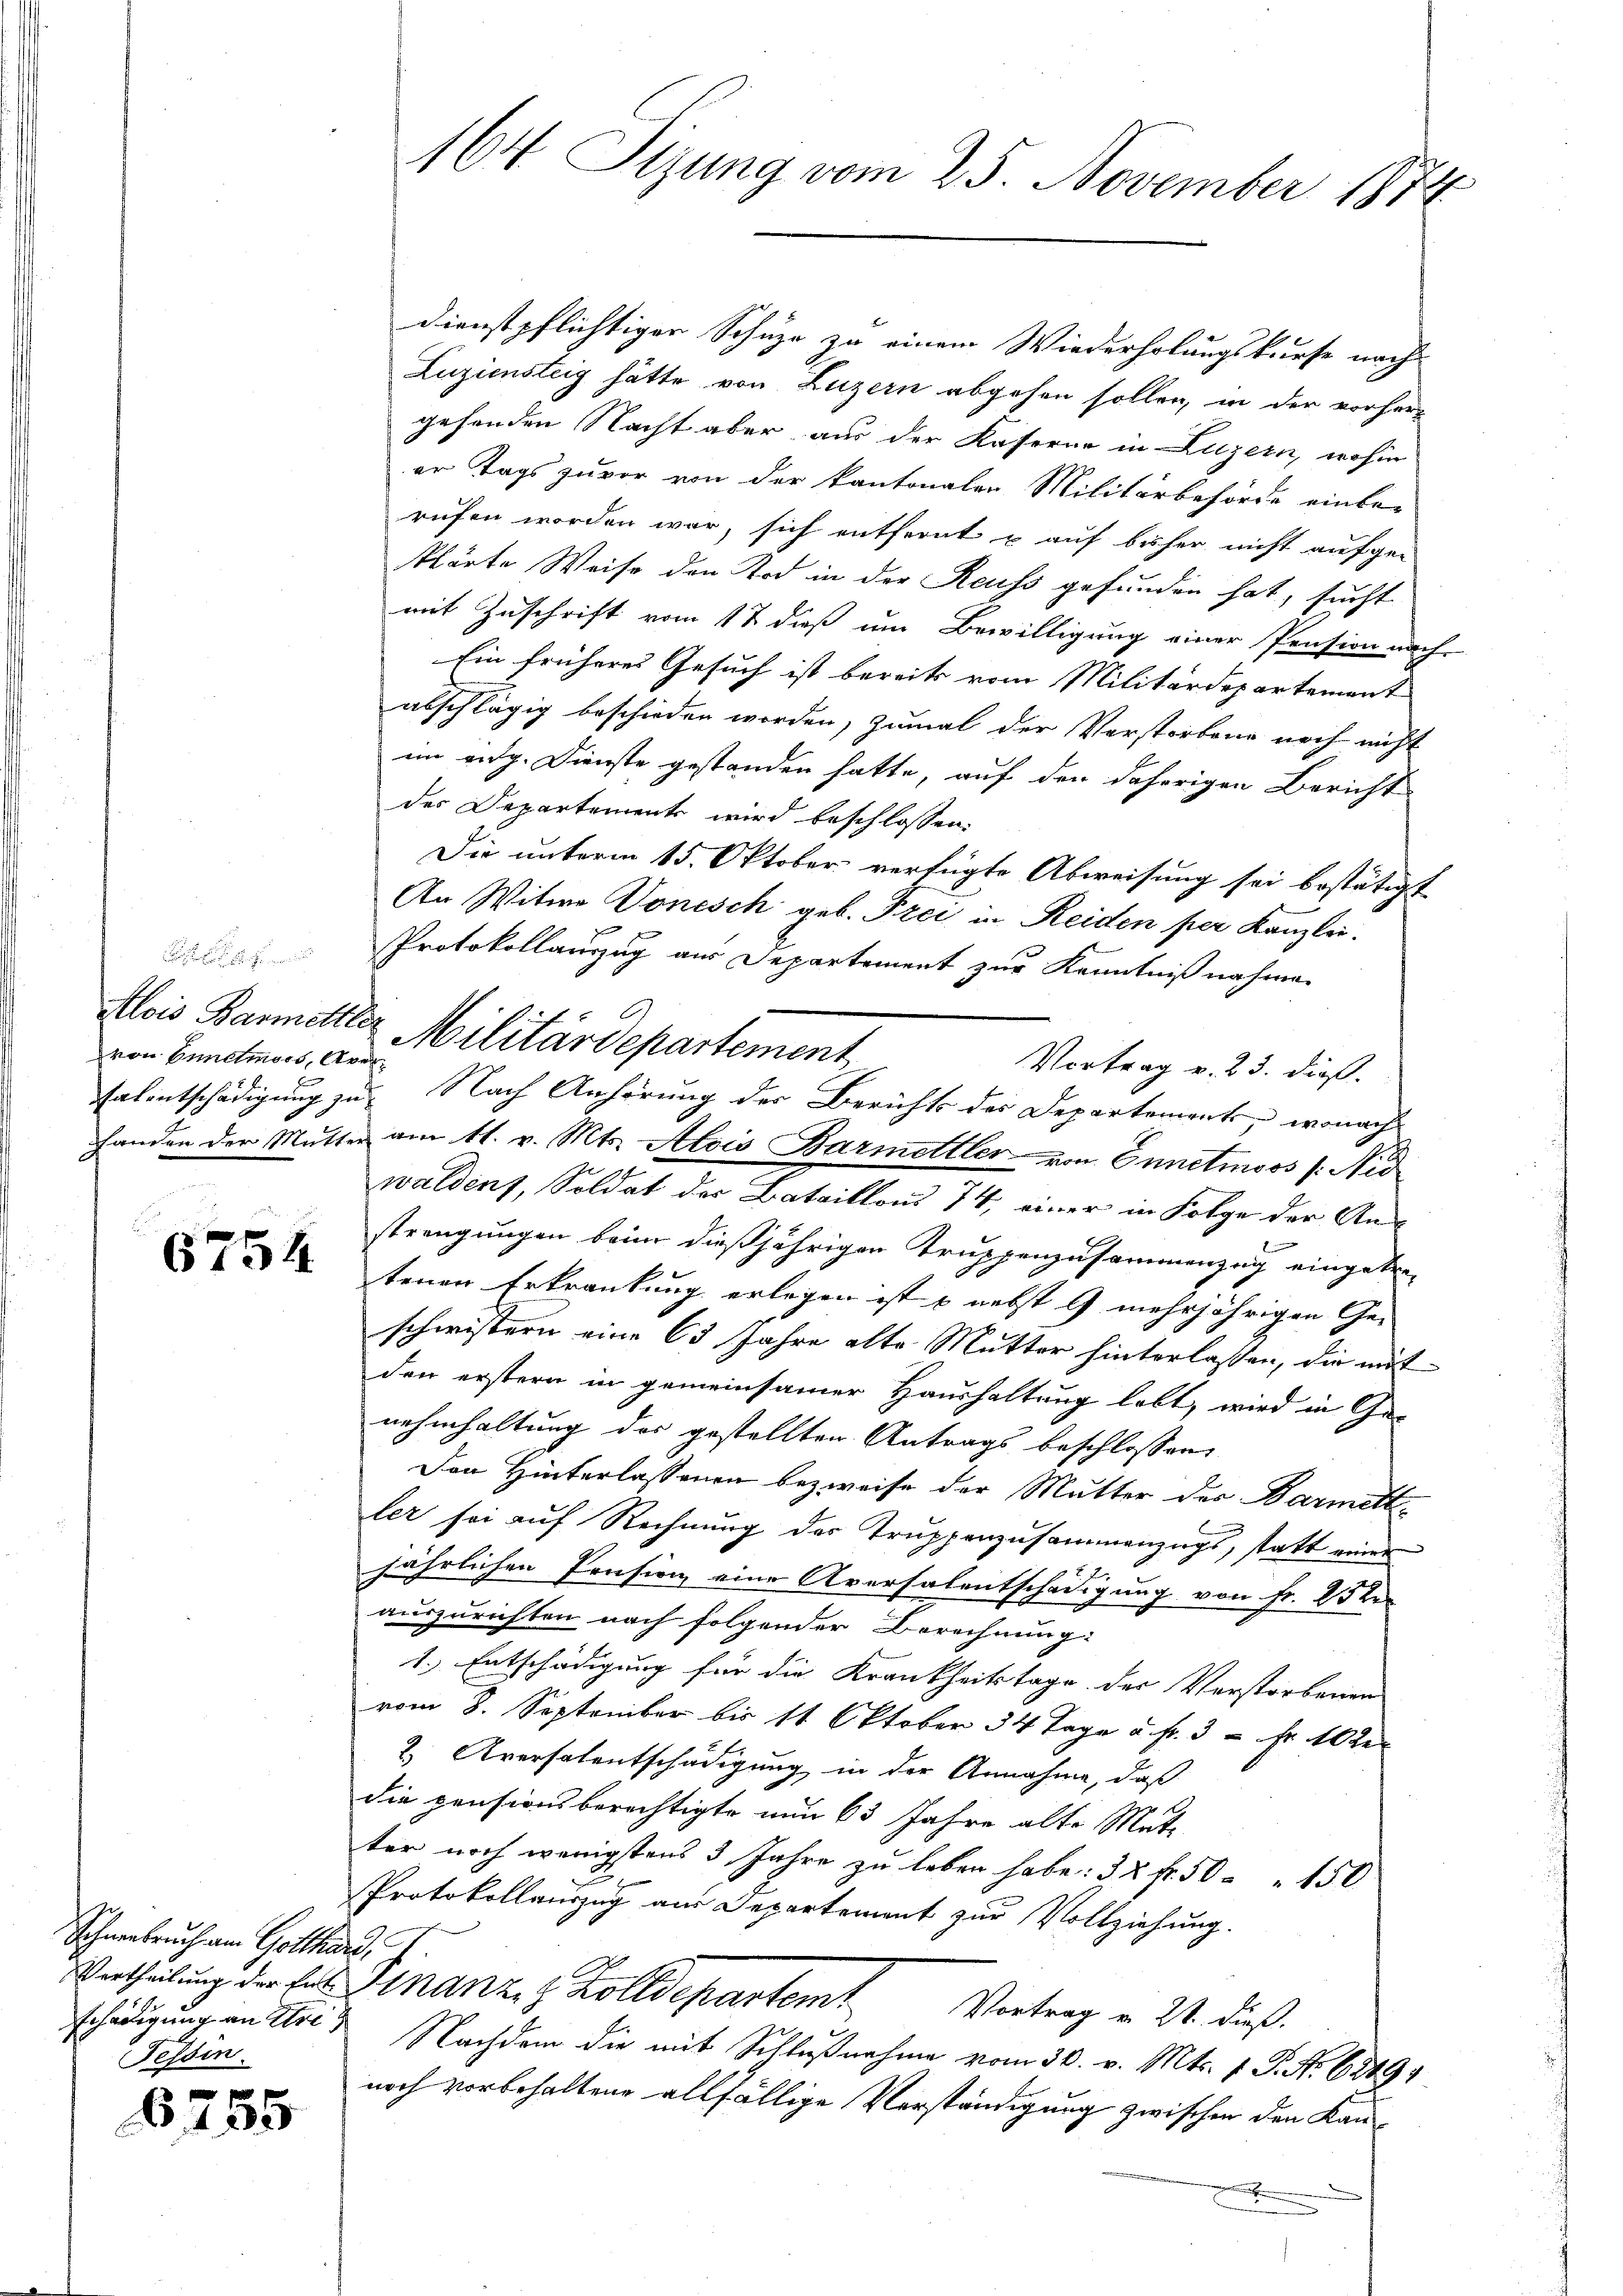
von Ennetmoos, Aver¬

6754

Schneebruch am Gotthar
Vertheilung der Entschädigung an Stre
Tessin.

6755

164. Sizung vom 25. November 1874

dienstpflichtiger Schuze zu einem Wiederholungskurse nach
Luziensteig hätte von Luzern abgehen sollen, in der vorherz
gehenden Nacht aber aus der Kaserne in Luzern, wohin
er Tags zuvor von der kantonalen Militärbehörde einbe-
rufen worden war, sich entfernt u auf beher nicht aufge-
klärte Weise den Tod in der Reuss gefunden hat, sucht
mit Zuschrift vom 12 dieß um Bewilligung einer Pension nach
Ein früheres Gesuch ist bereits vom Militärdepartement
abschlägig beschieden worden, zumal der Verstorbene noch nicht
im eidg. Dienste gestanden hatte, auf den daherigen Bericht
der Departements wird beschlossen:
Die unterm 15. Oktober verfügte Abweisung sei bestätigt
An Witwe Donesch geb. Frei in Reiden per Kanzlei.
Protokollauszug aus Departement zur Kenntnißnahme
Vortrag v. 23. dieß.
Talentschädigung zu Nach Anhörung der Berichts des Departement, wonach
handen der Mutter am 11. v. Mts. Alois Barmettler von Ennetmoos /: Nid
waldens, Soldat des Bataillons 74, einer in Folge der Anstrengungen beim dießjährigen Truppenzusammenzug eingetre
tenen Erkrankung erlegen ist & nebst G mehrjährigen Ge-
schwistern eine 63 Jahre alte Mutter hinterlassen, die mit
den erstern in gemeinsamer Haushaltung lebt, wird in Genahmhaltung des gestellten Antrags beschlossen,
Der Hinterlassenen bezweife der Mutter der Barmett
ler sei auf Rechnung der Truppenzusammenzugs, statt einer
jährlichen Preision eine Aversalentschädigung von Fr. 252
auszurichten nach folgender Berechnung:
1.) Entschädigung für die Krankheitstage der Verstorbenen
vom 8. September bis 11 Oktober 14 Tage u. fr. 3 - Fr. 102
2. Aversalentschädigung in der Annahme, daß
die pensionsberechtigte nun 63 Jahre alte Matter noch wenigstens 3 Jahre zu leben habe: 32 fr. 50 " 150
Protokollauszug aus Departement zur Vollziehung.
u
Ginanze & Zolldepartemt
Vortrag u. 21. dieß.
Nachdem die mit Schlußnahme vom 30. v. Mts. 1. P. Nr. 6249.
noch vorbehaltene allfällige Verständigung zwischen den Kant

Alois Bannettler Militärdepartement